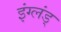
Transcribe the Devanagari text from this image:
इंग्लंड्